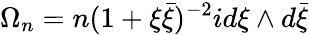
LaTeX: \Omega_{n}=n(1+\xi\bar{\xi})^{-2}id\xi\wedge d\bar{\xi}